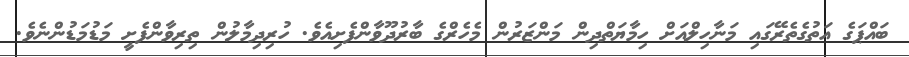
ބައްޕަގެ އަތުގެތެރޭގައި މަނާހިލްއަށް ހިމާޔަތްދިން މަންޒަރުން މެހެރްގެ ބާރުދޫވާންފެށިއެވެ. ހުރިދިމާލުން ތިރިވާންފެށީ މަޑުމަޑުންނެވެ.